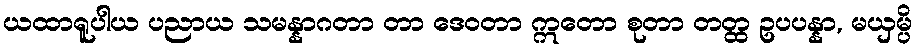
ယထာရူပါယ ပညာယ သမန္နာဂတာ တာ ဒေဝတာ ဣတော စုတာ တတ္ထ ဥပပန္နာ, မယှမ္ပိ